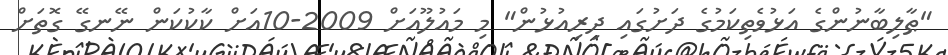
"ޠާލިބާނުންގެ އަޅުވެތިކަމުގެ ދަށުގައި ދިރިއުޅުން" މި މައުލޫއަށް 2009-10އަށް ކާކުކަން ނޭނގޭ ގޮތަށް